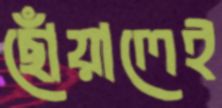
ছোঁয়ালেই